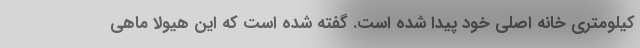
کیلومتری خانه اصلی خود پیدا شده است. گفته شده است که این هیولا ماهی